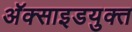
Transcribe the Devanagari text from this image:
अॅक्साइडयुक्त